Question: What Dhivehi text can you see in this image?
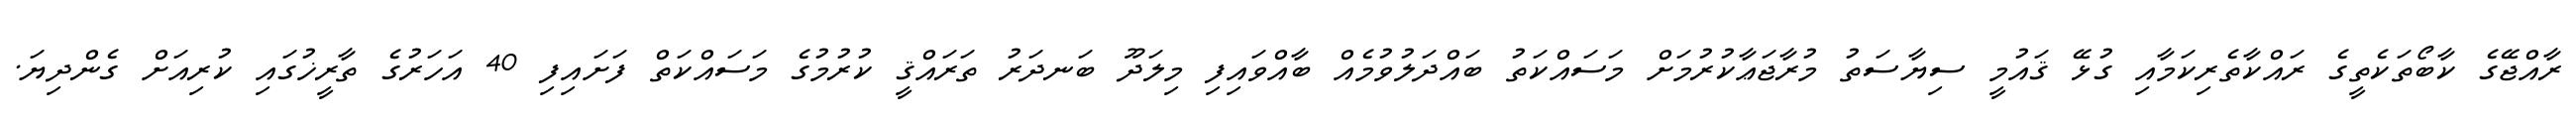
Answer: ރާއްޖޭގެ ކާބޯތަކެތީގެ ރައްކާތެރިކަމާއި ގުޅޭ ޤައުމީ ސިޔާސަތު މުރާޖަޢާކުރުމަށް މަސައްކަތު ބައްދަލުވުމެއް ބާއްވައިފި މިލަދޫ ބަނދަރު ތަރައްޤީ ކުރުމުގެ މަސައްކަތް ފަށައިފި 40 އަހަރުގެ ތާރީޚުގައި ކުރިއަށް ގެންދިޔަ.